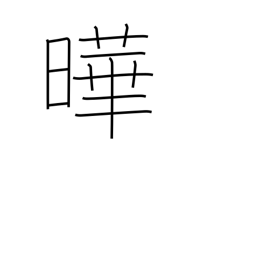
Meaning: flourishing